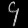
Digit: ၄